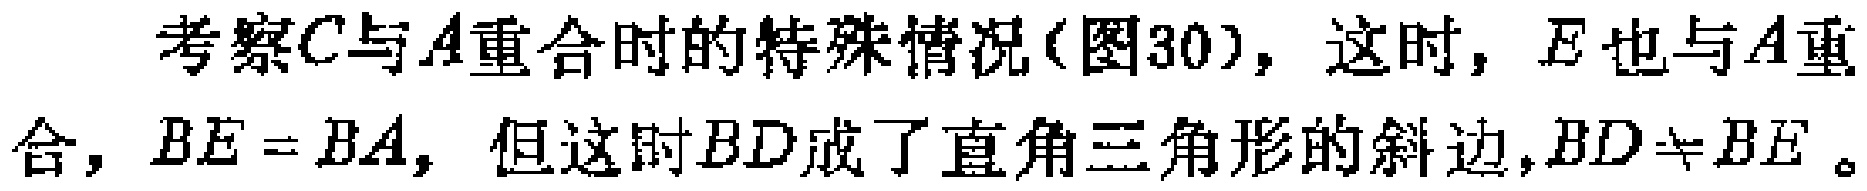
考察\(C\)与\(A\)重合时的特殊情况(图30)，这时，\(E\)也与\(A\)重合，\(BE = BA\)，但这时\(BD\)成了直角三角形的斜边，\(BD\neq BE\)。